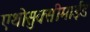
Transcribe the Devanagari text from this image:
एथोसुक्सीमाईड